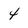
Character: 4